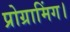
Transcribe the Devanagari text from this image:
प्रोग्रामिंग।